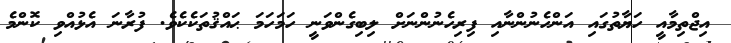
އިޖްތިމާއީ ހަޔާތުގައި އަންހެނުންނާއި ފިރިހެނުންނަށް ލިބިގެންވަނީ ހަމަހަމަ ޙައްޤުތަކެކެވެ. ފުރާނަ އެޅުއްވި ކޮންމެ